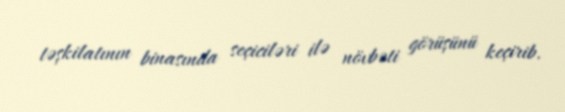
təşkilatının binasında seçiciləri ilə növbəti görüşünü keçirib.